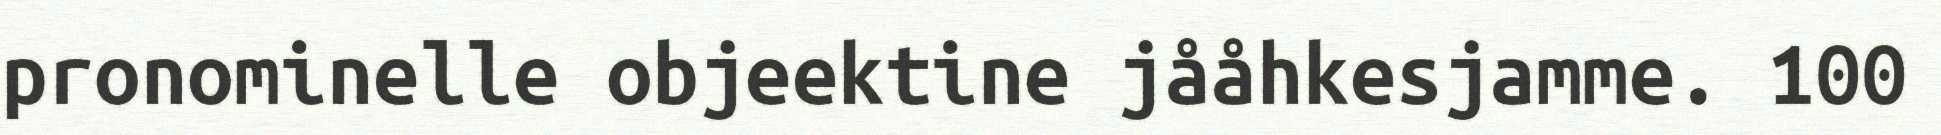
pronominelle objeektine jååhkesjamme. 100